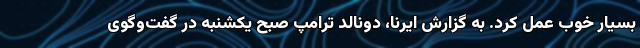
بسیار خوب عمل کرد. به گزارش ایرنا، دونالد ترامپ صبح یکشنبه در گفت‌وگوی